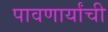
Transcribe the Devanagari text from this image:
पावणार्यांची